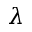
\lambda